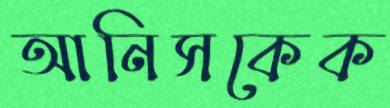
আনিসকেক